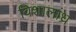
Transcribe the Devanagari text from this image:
विशालांध्र